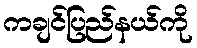
ကချင်ပြည်နယ်ကို